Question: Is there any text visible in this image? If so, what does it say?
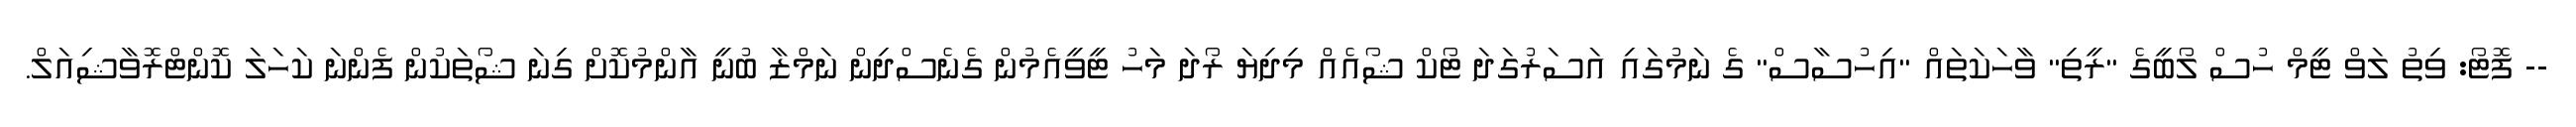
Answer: -- ފޮޓޯ: ވިތު ލަވް ޓީމް ހުސް ލޯބީގެ "ރީތި" ވާހަކަތައް "އިހުސާސް" ގެ ނަމުގައި އަސަރުގަދަ ޓޯކް ޝޯއެއް މިދިޔަ ރޯދަ މަހު ޓީވީއެމުން ގެނެސްދިން ނަމްޒާ ބުނީ އާންމުކޮށް ގިނަ ޝޯތަކުން ފެންނަ ކަހަލަ ކޮންޓްރޮވާޝިއަލް.